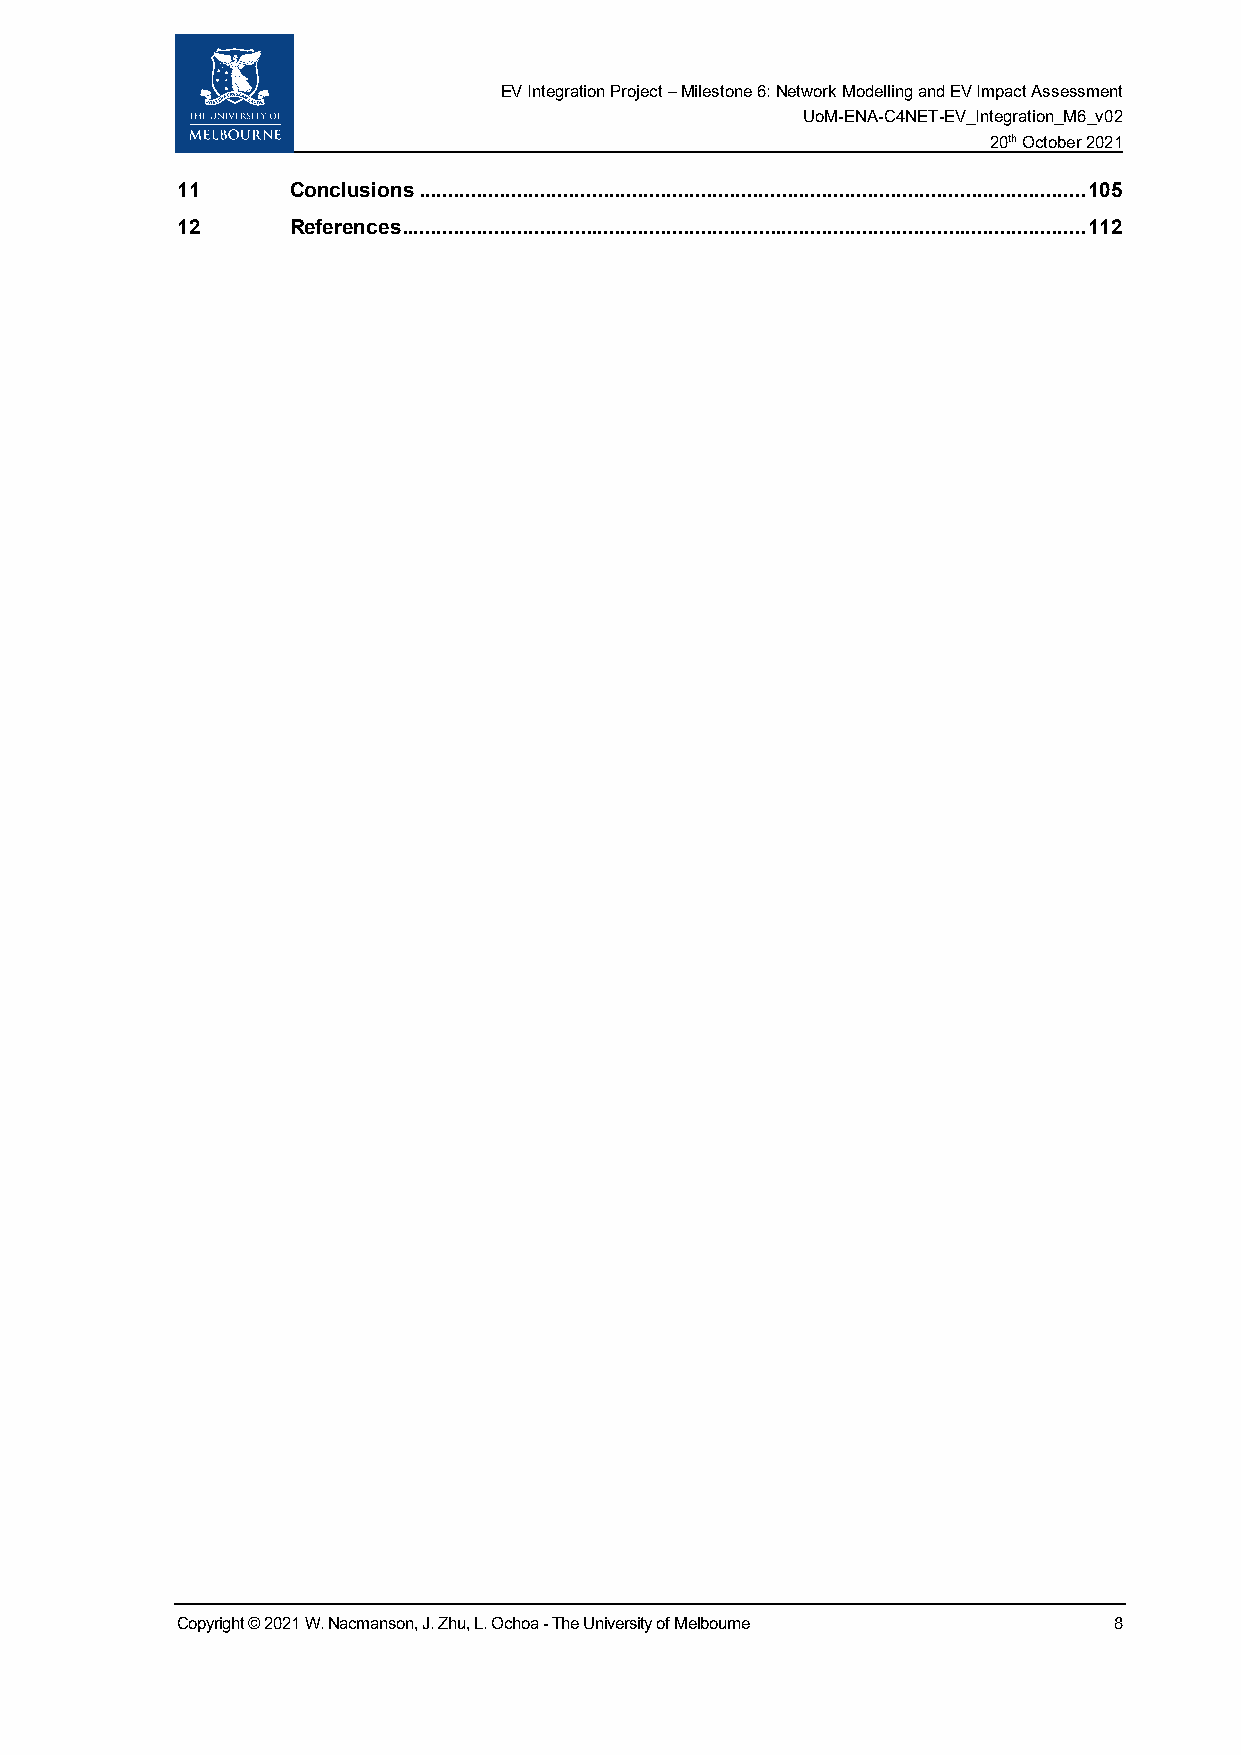
EV Integration Project – Milestone 6: Network Modelling and EV Impact Assessment
 UoM-ENA-C4NET-EV_Integration_M6_v02
 20th October 2021
 11     Conclusions .................................................................................................................... 105
 12     References ....................................................................................................................... 112
 Copyright © 2021 W. Nacmanson, J. Zhu, L. Ochoa - The University of Melbourne 8